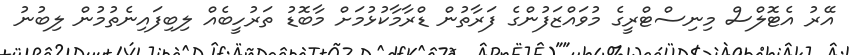
އޭރު އެޓޮލްސް މިނިސްޓްރީގެ މުވައްޒަފުންގެ ފަރާތުން ޑްރާމާކުޅުމަށް މާބޮޑު ތަރުހީބެއް ލިބިފައިނެތުމުން ލިބުނު